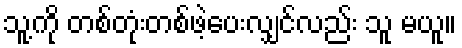
သူ့ကို တစ်တုံးတစ်ဖဲ့ပေးလျှင်လည်း သူ မယူ။